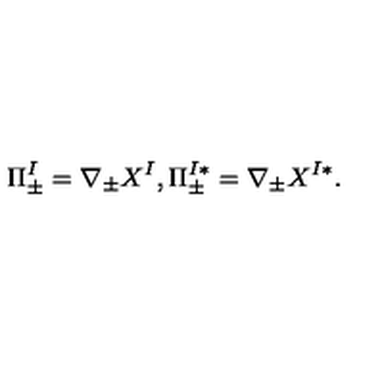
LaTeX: \Pi _ { \pm } ^ { I } = \nabla _ { \pm } X ^ { I } , \Pi _ { \pm } ^ { I * } = \nabla _ { \pm } X ^ { I * } .